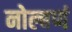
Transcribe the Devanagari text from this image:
नोल्बणं